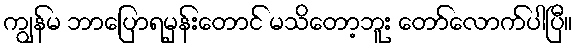
ကျွန်မ ဘာပြောရမှန်းတောင် မသိတော့ဘူး တော်လောက်ပါပြီ။